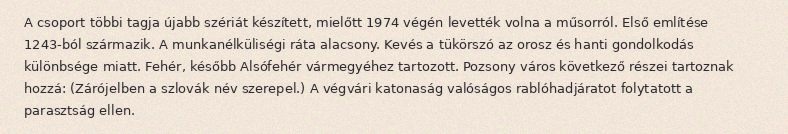
A csoport többi tagja újabb szériát készített, mielőtt 1974 végén levették volna a műsorról. Első említése 1243-ból származik. A munkanélküliségi ráta alacsony. Kevés a tükörszó az orosz és hanti gondolkodás különbsége miatt. Fehér, később Alsófehér vármegyéhez tartozott. Pozsony város következő részei tartoznak hozzá: (Zárójelben a szlovák név szerepel.) A végvári katonaság valóságos rablóhadjáratot folytatott a parasztság ellen.